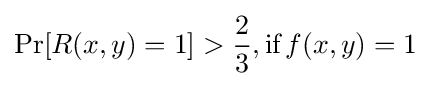
\Pr[R(x,y)=1]>{\frac {2}{3}},{\textrm {if}}\,f(x,y)=1